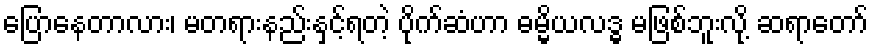
ပြောနေတာလား၊ မတရားနည်းနှင့်ရတဲ့ ပိုက်ဆံဟာ ဓမ္မိယလဒ္ဓ မဖြစ်ဘူးလို့ ဆရာတော်